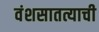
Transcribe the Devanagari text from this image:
वंशसातत्याची